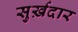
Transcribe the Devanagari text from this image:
सुर्ख़दार